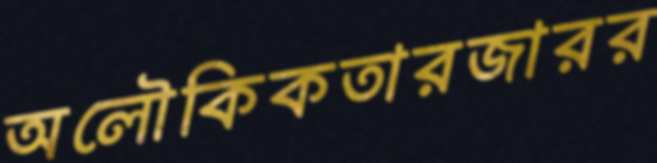
অলৌকিকতারজারর